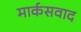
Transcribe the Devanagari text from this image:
मार्कसवाद